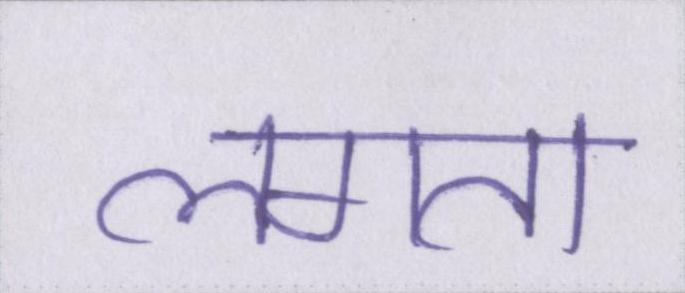
लगता